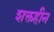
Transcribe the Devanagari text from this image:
शक्तहीन